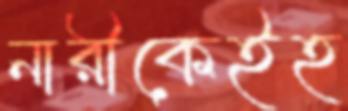
নারীকেইহ